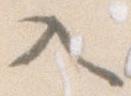
入